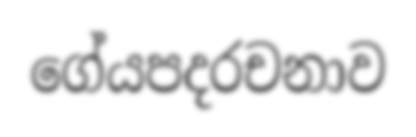
ගේයපදරචනාව